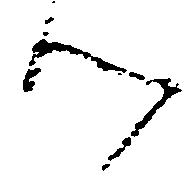
つ